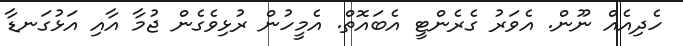
ހެދިއެއް ނޫން. އެވަރު ގެރެންޓީ އެބައޮތް. އެމީހުން ރުޅިވެގެން ޖުމާ އާއި އަޅުގަނޑާ